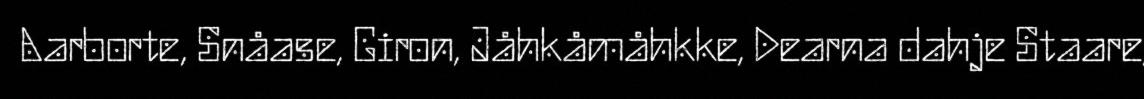
Aarborte, Snåase, Giron, Jåhkåmåhkke, Dearna dahje Staare,